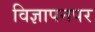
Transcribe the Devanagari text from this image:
विज्ञापनपर